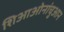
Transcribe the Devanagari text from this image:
शिआओनांचुआन